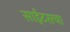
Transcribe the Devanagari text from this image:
साईटसचा